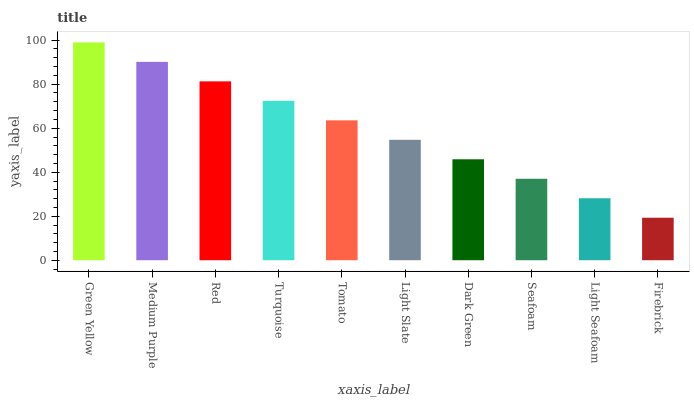
| xaxis_label | bars |
 | --- | --- |
 | Green Yellow | 99 |
 | Medium Purple | 90.1 |
 | Red | 81.3 |
 | Turquoise | 72.4 |
 | Tomato | 63.6 |
 | Light Slate | 54.7 |
 | Dark Green | 45.9 |
 | Seafoam | 37 |
 | Light Seafoam | 28.2 |
 | Firebrick | 19.3 |